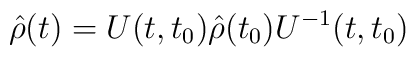
\hat{\rho}(t) = U(t,t_0)\hat{\rho}(t_0)U^{-1}(t,t_0)